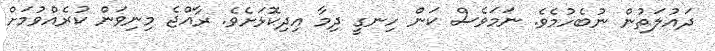
ދައުލަތުން ނުބެހުމެވެ. ނަމަވެސް ކަން ހިނގީ ދިމާ އިދިކޮޅަށެވެ. ރާއްޖެ މިނިވަން ކުރެއްވުމަށް